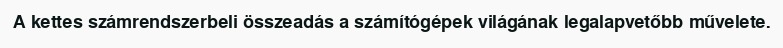
A kettes számrendszerbeli összeadás a számítógépek világának legalapvetőbb művelete.